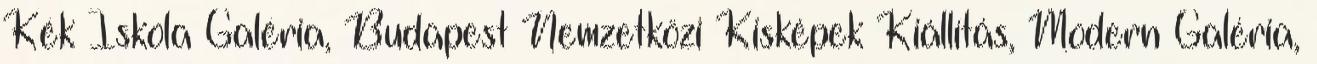
Kék Iskola Galéria, Budapest Nemzetközi Kisképek Kiállítás, Modern Galéria,